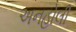
અનહોલી